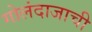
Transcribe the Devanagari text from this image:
गोलंदाजाची